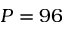
P = 9 6